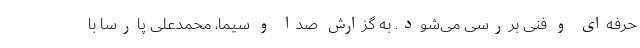
حرفه‌ای و فنی بررسی می‌شود. به گزارش صدا و سیما، محمدعلی پارسا با